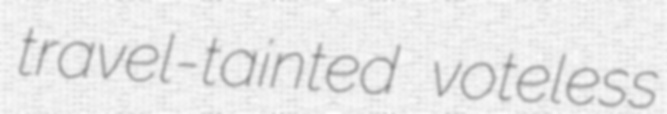
travel-tainted voteless